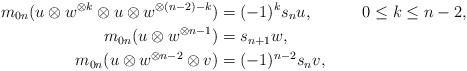
\begin{align*}m_{0n}(u \otimes w^{\otimes k} \otimes u \otimes w^{\otimes (n-2)-k} )&= (-1)^ks_nu, & 0 \leq k \leq n-2,\\m_{0n}(u \otimes w^{\otimes n-1}) &= s_{n+1}w, \\m_{0n}(u \otimes w^{\otimes n-2} \otimes v )&= (-1)^{n-2}s_n v,\end{align*}